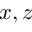
x , z